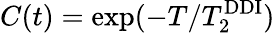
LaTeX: C(t)=\exp(-T/T_{2}^{\mathrm{{DDI}}})